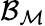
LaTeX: {\mathcal{B}}_{{\mathcal{M}}}